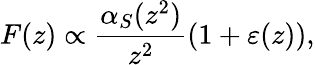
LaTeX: F(z)\propto{\frac{\alpha_{S}(z^{2})}{z^{2}}}(1+\varepsilon(z)),